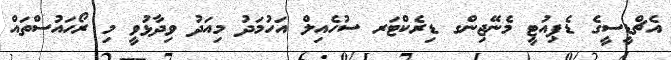
އެޗްޑީސީގެ ޑެޕިއުޓީ މެނޭޖިންގ ޑިރެކްޓަރ ސުހެއިލް އަހުމަދު މިއަދު ވިދާޅުވީ މި ރޯހައުސްތައް